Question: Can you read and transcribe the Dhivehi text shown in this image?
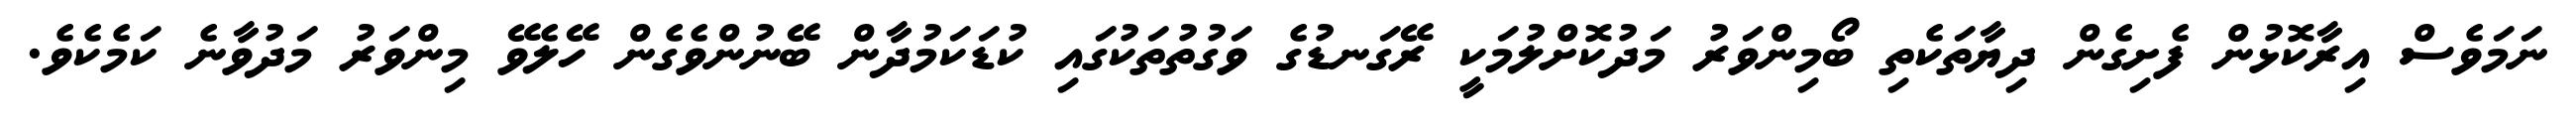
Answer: ނަމަވެސް އިރާކޮޅުން ފެށިގެން ދިޔާތަކެތި ބޯމިންވަރު މަދުކޮށްލުމަކީ ރޭގަނޑުގެ ވަގުތުތަކުގައި ކުޑަކަމުދާން ބޭނުންވެގެން ހޭލެވޭ މިންވަރު މަދުވާނެ ކަމެކެވެ.